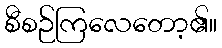
စီစဉ်ကြလေတော့၏။